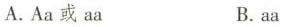
A.Aa或aa B.aa